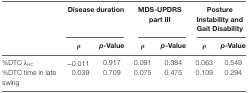
<table><thead><tr><td></td><td colspan="2"><b>Disease duration</b></td><td colspan="2"><b>MDS-UPDRS part III</b></td><td colspan="2"><b>Posture Instability and Gait Disability</b></td></tr><tr><td></td><td><b>ρ</b></td><td><b><i>p</i>-Value</b></td><td><b>ρ</b></td><td><b><i>p</i>-Value</b></td><td><b>ρ</b></td><td><b><i>p</i>-Value</b></td></tr></thead><tbody><tr><td>%DTC λ<sub>HC</sub></td><td>−0.011</td><td>0.917</td><td>0.091</td><td>0.384</td><td>0.063</td><td>0.549</td></tr><tr><td>%DTC time in late swing</td><td>0.039</td><td>0.709</td><td>0.075</td><td>0.475</td><td>0.109</td><td>0.294</td></tr></tbody></table>